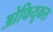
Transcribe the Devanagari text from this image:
ओफियूकस